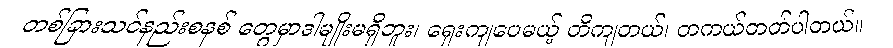
တစ်ခြားသင်နည်းစနစ် တွေမှာဒါမျိုးမရှိဘူး၊ ရှေးကျပေမယ့် တိကျတယ်၊ တကယ်တတ်ပါတယ်။